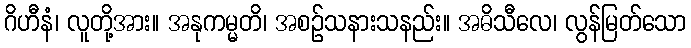
ဂိဟီနံ၊ လူတို့အား။ အနုကမ္မတိ၊ အစဉ်သနားသနည်း။ အဓိသီလေ၊ လွန်မြတ်သော